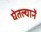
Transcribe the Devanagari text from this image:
घेतल्यानें